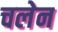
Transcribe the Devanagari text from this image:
चलेन